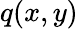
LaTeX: q(x,y)